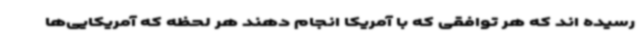
رسیده اند که هر توافقی که با آمریکا انجام دهند هر لحظه که آمریکایی‌ها